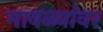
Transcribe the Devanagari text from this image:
मावळ्यांवर